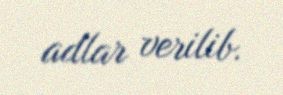
adlar verilib.